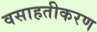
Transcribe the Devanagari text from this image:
वसाहतीकरण